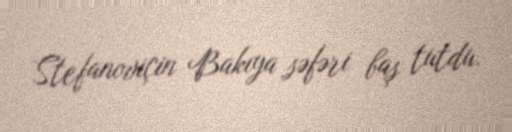
Stefanoviçin Bakıya səfəri baş tutdu.